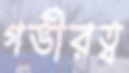
গভীরত্ব